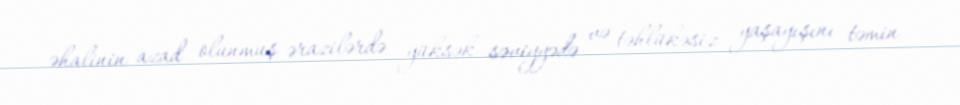
əhalinin azad olunmuş ərazilərdə yüksək səviyyədə və təhlükəsiz yaşayışını təmin